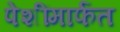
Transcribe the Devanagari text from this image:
पेशींमार्फत